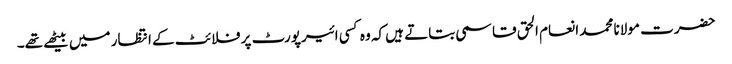
حضرت مولانا محمد انعام الحق قاسمی بتاتے ہیں کہ وہ کسی ائیرپورٹ پر فلائٹ کے انتظار میں بیٹھے تھے۔